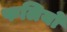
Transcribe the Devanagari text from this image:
फलियों